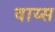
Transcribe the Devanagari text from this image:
वाय्स